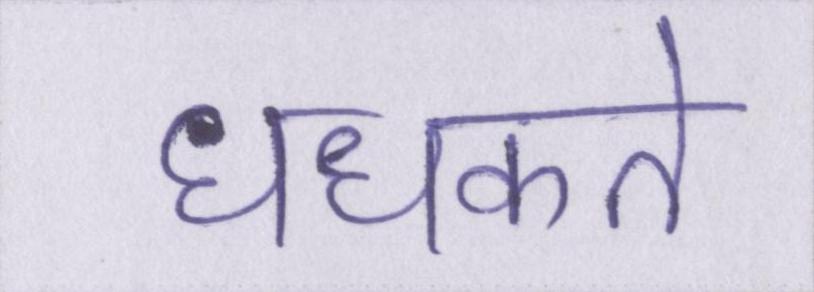
धधकते